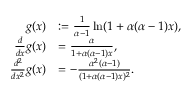
\begin{array} { r l } { g ( x ) } & { : = \frac { 1 } { \alpha - 1 } \ln ( 1 + \alpha ( \alpha - 1 ) x ) , } \\ { \frac { d } { d x } g ( x ) } & { = \frac { \alpha } { 1 + \alpha ( \alpha - 1 ) x } , } \\ { \frac { d ^ { 2 } } { d x ^ { 2 } } g ( x ) } & { = - \frac { \alpha ^ { 2 } ( \alpha - 1 ) } { ( 1 + \alpha ( \alpha - 1 ) x ) ^ { 2 } } . } \end{array}